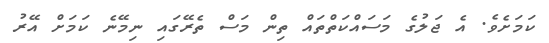
ކަމަށެވެ. އެ ޖަލުގެ މަސައްކަތްތައް ތިން މަސް ތެރޭގައި ނިމޭނެ ކަމަށް އޭރު